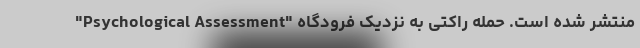
"Psychological Assessment" منتشر شده است. حمله راکتی به نزدیک فرودگاه